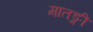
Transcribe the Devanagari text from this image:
मातङ्गी